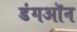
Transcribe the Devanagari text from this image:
डंगऑन